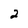
Character: 2